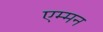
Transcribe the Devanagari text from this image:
एम्मन